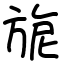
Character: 旎